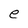
Character: e